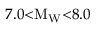
7 . 0 { < } \mathrm { M } _ { \mathrm { W } } { < } 8 . 0